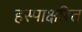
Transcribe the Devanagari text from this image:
हस्पाक्षरित